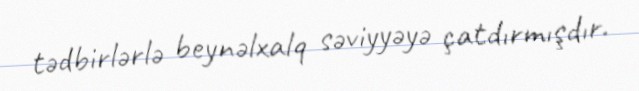
tədbirlərlə beynəlxalq səviyyəyə çatdırmışdır.